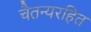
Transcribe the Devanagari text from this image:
चैतन्यरहित